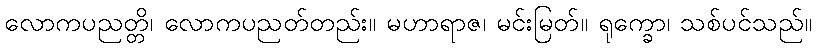
လောကပညတ္တိ၊ လောကပညတ်တည်း။ မဟာရာဇ၊ မင်းမြတ်။ ရုက္ခော၊ သစ်ပင်သည်။